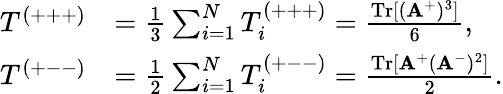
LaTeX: \begin{array}{rl}{T^{(+++)}}&{=\frac{1}{3}\sum_{i=1}^{N}T_{i}^{(+++)}=\frac{\mathrm{Tr}[(\mathbf{A}^{+})^{3}]}{6},}\\ {T^{(+--)}}&{=\frac{1}{2}\sum_{i=1}^{N}T_{i}^{(+--)}=\frac{\mathrm{Tr}[\mathbf{A}^{+}(\mathbf{A}^{-})^{2}]}{2}.}\end{array}